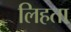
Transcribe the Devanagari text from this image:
लिहता